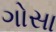
ગોસા